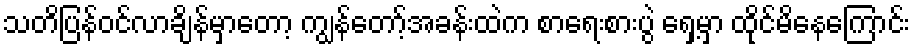
သတိပြန်ဝင်လာချိန်မှာတော့ ကျွန်တော့်အခန်းထဲက စာရေးစားပွဲ ရှေ့မှာ ထိုင်မိနေကြောင်း